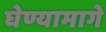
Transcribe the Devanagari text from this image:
घेण्यामागे